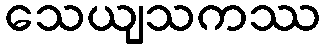
သေယျသကဿ